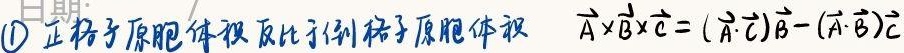
\textcircled{1} 正格子原胞体积反比例格子原胞体积。$\vec{A} \times \vec{B} \times \vec{C} = (\vec{A} \cdot \vec{C})\vec{B} - (\vec{A} \cdot \vec{B})\vec{C}$